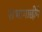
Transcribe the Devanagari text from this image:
सभागाछीमें